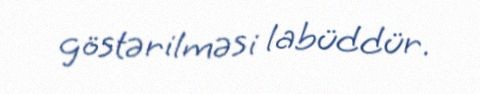
göstərilməsi labüddür.